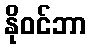
နိုဝင်ဘာ